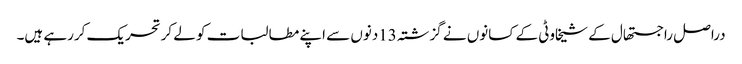
دراصل راجستھال کے شیخاوٹی کے کسانوں نے گزشتہ 13دنوں سے اپنے مطالبات کو لے کرتحریک کررہے ہیں۔